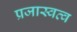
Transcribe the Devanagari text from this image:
प्रजास्वत्व